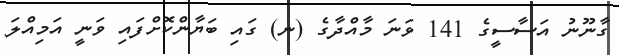
ގާނޫނު އަސާސީގެ 141 ވަނަ މާއްދާގެ (ނ) ގައި ބަޔާންކޮށްފައި ވަނީ އަމިއްލަ